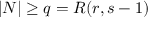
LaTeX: | N | \geq q = R ( r , s - 1 )